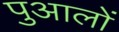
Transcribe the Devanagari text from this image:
पुआलों